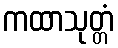
ကထာသုတ္တံ